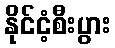
နိုင်ငံ့စီးပွား